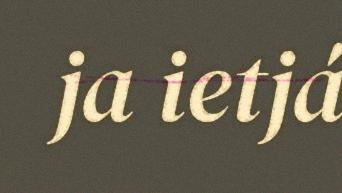
ja ietjá